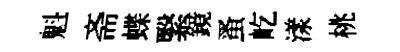
魁斋蝶繄鏡蚤屹漾桃